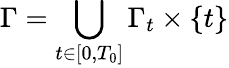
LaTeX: \Gamma=\bigcup_{t\in[0,T_{0}]}\Gamma_{t}\times\{ t\}